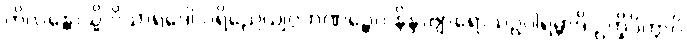
ကိလန္တောသ္မိ ဝိသာရဒေါ ပရိညေယျဂ္ဂဟဏဉ္စေဝ နိန္ဒာဗျာရောသဥပါရမ္ဘာဒိ ဥက္ခိပိတွာပိ